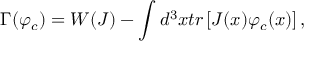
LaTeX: \Gamma ( \varphi _ { c } ) = W ( J ) - \int d ^ { 3 } x t r \left[ J ( x ) \varphi _ { c } ( x ) \right] ,